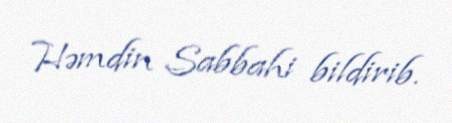
Həmdin Sabbahi bildirib.